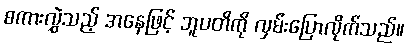
စကားလွှဲသည့် အနေဖြင့် ဘူပတိကို လှမ်းပြောလိုက်သည်။